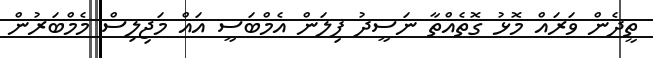
ތީދެން ވަރައް މޮޅު ގޮތެއްތާ ނަސީދު ފިލަން އެމްބަސީ އައް މަޖިލިސް މެމްބަރުން